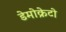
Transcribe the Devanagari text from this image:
डेमोक्रेटो